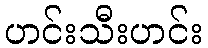
ဟင်းသီးဟင်း